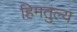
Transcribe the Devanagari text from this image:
हिमतुल्य